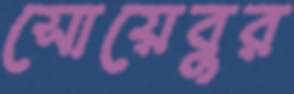
সোয়েবুর